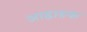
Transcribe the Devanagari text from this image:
आह्वाहक